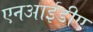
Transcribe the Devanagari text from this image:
एनआईडीए